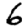
Digit: 6